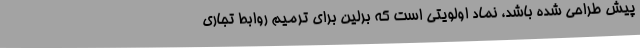
پیش طراحی شده باشد، نماد اولویتی است که برلین برای ترمیم روابط تجاری